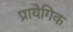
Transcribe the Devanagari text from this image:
प्रायेगिक